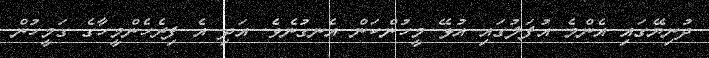
ދުނިޔޭގައި އެންމެ އުފަލުގައި އުޅޭ މީހުންކަން އެނގުނެވެ. އަދި އެ ފިރެހެންމީހާގެ ގަމީހުން